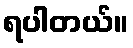
ရပါတယ်။